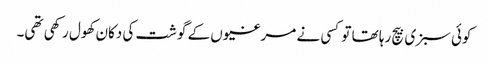
کوئی سبزی بیچ رہا تھا تو کسی نے مرغیوں کے گوشت کی دکان کھول رکھی تھی۔